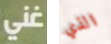
غني الذي